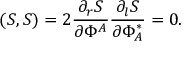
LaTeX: ( S , S ) = 2 \frac { \partial _ { r } S } { \partial \Phi ^ { A } } \frac { \partial _ { l } S } { \partial \Phi _ { A } ^ { \ast } } = 0 .